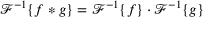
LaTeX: { \mathcal { F } } ^ { - 1 } \{ f * g \} = { \mathcal { F } } ^ { - 1 } \{ f \} \cdot { \mathcal { F } } ^ { - 1 } \{ g \}